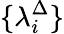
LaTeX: \{ \lambda_{i}^{\Delta}\}